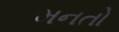
મનતો